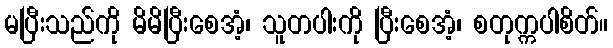
မပြီးသည်ကို မိမိပြီးစေအံ့၊ သူတပါးကို ပြီးစေအံ့၊ စတုက္ကပါစိတ်။